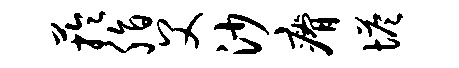
芋脂父沙瘠塔